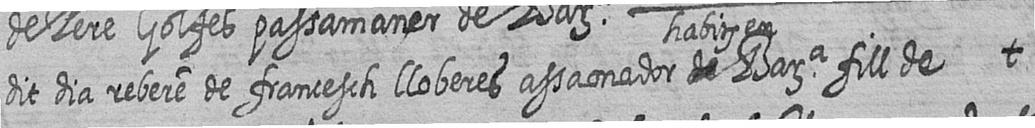
dit dia rebere de francesch lloberes assaonador habit en # Bara fill de t